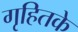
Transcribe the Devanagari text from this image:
गृहितके